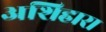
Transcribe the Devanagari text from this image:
अशिहारा